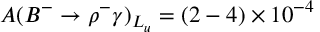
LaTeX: A ( B ^ { - } \to \rho ^ { - } \gamma ) _ { L _ { u } } = ( 2 - 4 ) \times 1 0 ^ { - 4 }